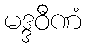
မဒ္ဒဝီဏံ